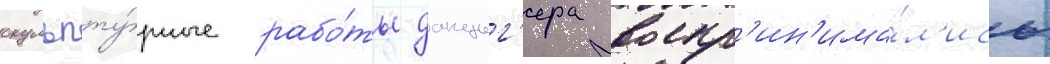
скульпту́рные рабо́ты данциг'ера воспр'ин'има́л'ись